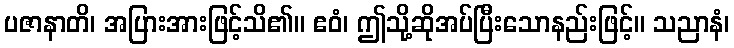
ပဇာနာတိ၊ အပြားအားဖြင့်သိ၏။ ဧဝံ၊ ဤသို့ဆိုအပ်ပြီးသောနည်းဖြင့်။ သညာနံ၊